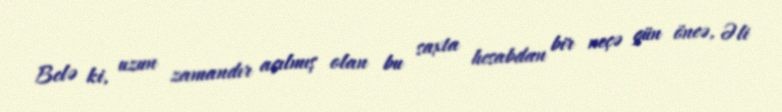
Belə ki, uzun zamandır açılmış olan bu saxta hesabdan bir neçə gün öncə, Əli